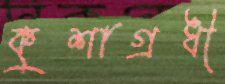
কুশাগ্রধী